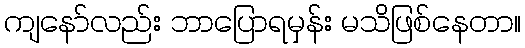
ကျနော်လည်း ဘာပြောရမှန်း မသိဖြစ်နေတာ။